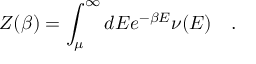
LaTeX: Z ( \beta ) = \int _ { \mu } ^ { \infty } d E e ^ { - \beta E } \nu ( E ) ~ ~ ~ .